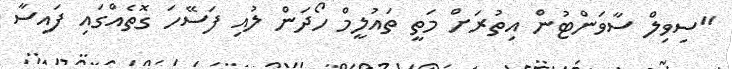
"ސިވިލް ސާވަންޓުން އިތުރަށް މަތީ ތައުލީމް ހޯދަން ލުއި ފަސޭހަ ގޮތެއްގައި ފައިސާ